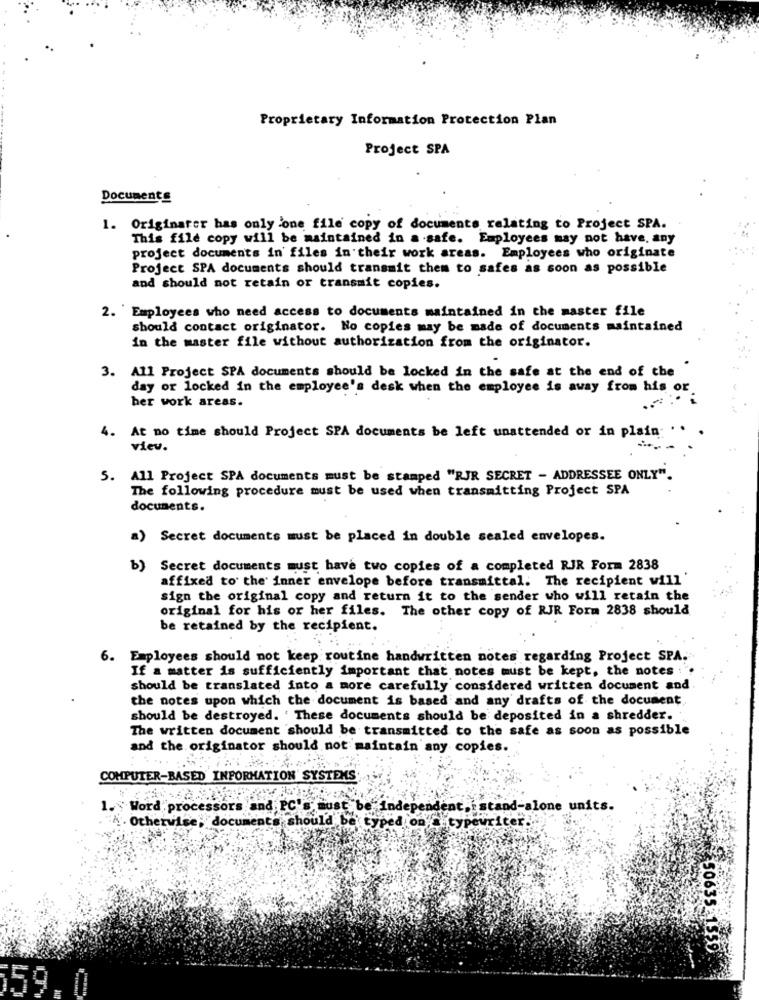
Proprietary Information Protection Plan
Project SPA
Documents
1. Originarer has only one file copy of documents relating to Project SPA.
This file copy will be maintained in a safe. Employees may not have, any
project documents in files in their work areas. Employees who originate
Project SPA documents should transmit them to safes as soon as possible
and should not retain or transmit copies.
2. Employees who need access to documents maintained in the master file
should contact originator. No copies may be made of documents maintained
in the master file without authorization from the originator.
3. All Project SPA documents should be locked in the safe at the end of the
day or locked in the employee's desk when the employee is away from his or
her work areas.
4. At no time should Project SPA documents be left unattended or in plain. ..
viev.
5. All Project SPA documents must be stamped "RJR SECRET - ADDRESSEE ONLY".
The following procedure must be used when transmitting Project SPA
documents.
a) Secret documents must be placed in double sealed envelopes.
Secret documents must have two copies of a completed RJR Form 2838
affixed to the inner envelope before transmittal. The recipient will'
sign the original copy and return it to the sender who will retain the
original for his or her files. The other copy of RJR Form 2838 should
be retained by the recipient.
6.
Employees should not keep routine handwritten notes regarding Project SPA.
If a matter is sufficiently important that notes must be kept, the notes : ".
should be translated into a more carefully considered written document and
the notes upon which the document is based and any drafts of the document.
should be destroyed. ' These documents should be deposited in a shredder ..
The written document should be transmitted to the safe as soon as possible
and the originator should not maintain any copies.
COMPUTER-BASED INFORMATION SYSTEMS
1. Word processors and PC' must be inde
tand-alone
aits.
Otherwise, doc
should be typed on Citypeu
50635 1559
159